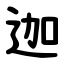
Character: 迦